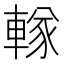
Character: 𨍨